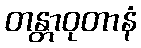
တန္တာဝုတာနံ